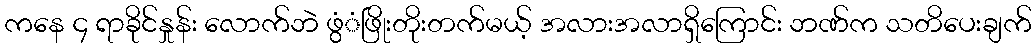
ကနေ ၄ ရာခိုင်နှုန်း လောက်ဘဲ ဖွံံဖြိုးတိုးတက်မယ့် အလားအလာရှိကြောင်း ဘဏ်က သတိပေးချက်